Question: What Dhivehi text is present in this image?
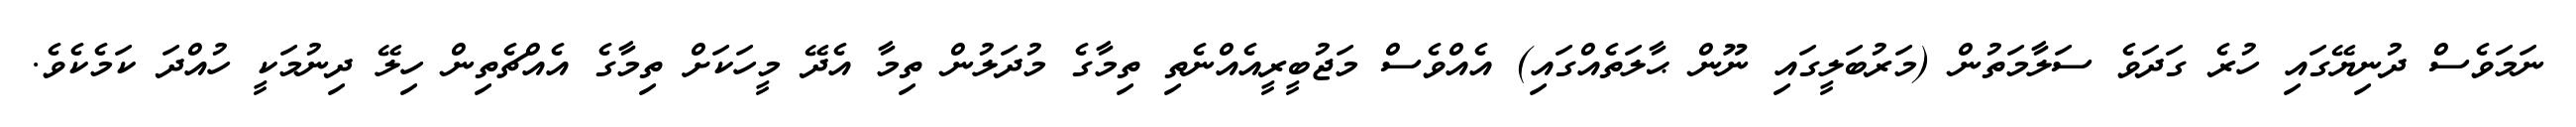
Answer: ނަމަވެސް ދުނިޔޭގައި ހުރެ ގަދަވެ ސަލާމަތުން (މަރުބަލީގައި ނޫން ޙާލަތެއްގައި) އެއްވެސް މަޖުބީރީއެއްނެތި ތިމާގެ މުދަލުން ތިމާ އެދޭ މީހަކަށް ތިމާގެ އެއްޗެތިން ހިލޭ ދިނުމަކީ ހުއްދަ ކަމެކެވެ.